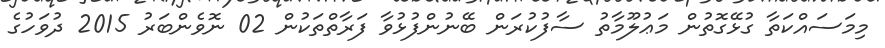
މިމަސައްކަތާ ގުޅޭގޮތުން މަޢުލޫމާތު ސާފުކުރަން ބޭނުންފުޅުވާ ފަރާތްތަކުން 02 ނޮވެންބަރު 2015 ދުވަހުގެ